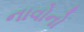
નાવોનો